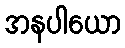
အနပါယော